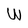
Character: W